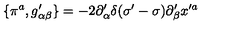
\{ \pi ^ { a } , g _ { \alpha \beta } ^ { \prime } \} = - 2 \partial _ { \alpha } ^ { \prime } \delta ( \sigma ^ { \prime } - \sigma ) \partial _ { \beta } ^ { \prime } x ^ { \prime a }